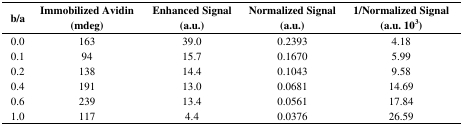
| b/a | Immobilized Avidin(mdeg) | Enhanced Signal(a.u.) | Normalized Signal(a.u.) | 1/Normalized Signal(a.u. 103) |
 | --- | --- | --- | --- | --- |
 | 0.0 | 163 | 39.0 | 0.2393 | 4.18 |
 | 0.1 | 94 | 15.7 | 0.1670 | 5.99 |
 | 0.2 | 138 | 14.4 | 0.1043 | 9.58 |
 | 0.4 | 191 | 13.0 | 0.0681 | 14.69 |
 | 0.6 | 239 | 13.4 | 0.0561 | 17.84 |
 | 1.0 | 117 | 4.4 | 0.0376 | 26.59 |